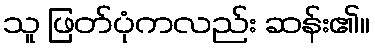
သူ ဖြတ်ပုံကလည်း ဆန်း၏။